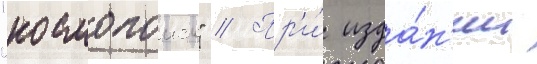
"космопоиск" // Пр'и́ изда́н'ии